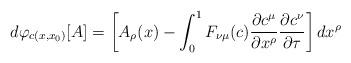
LaTeX: \begin{align*}d \varphi_{c(x,x_{0})}[A] = \left [A_{\rho}(x) - \int_{0}^{1} F_{\nu \mu}(c)\frac{\partial c^{\mu}}{\partial x^{\rho}}\frac{\partial c^{\nu}}{\partial \tau} \right] dx^{\rho}\end{align*}